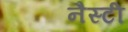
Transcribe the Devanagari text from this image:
नैस्टी